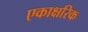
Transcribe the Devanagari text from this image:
एकाक्षरिक